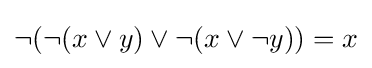
\neg (\neg (x\lor y)\lor \neg (x\lor {\neg y}))=x